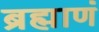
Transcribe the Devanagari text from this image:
ब्रह्माणं